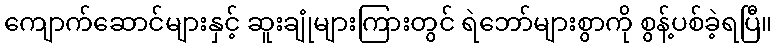
ကျောက်ဆောင်များနှင့် ဆူးချုံများကြားတွင် ရဲဘော်များစွာကို စွန့်ပစ်ခဲ့ရပြီ။